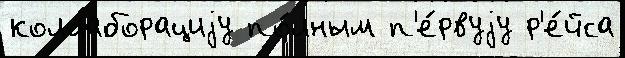
коллаборациjу по́лным п'е́рвуjу р'е́йса